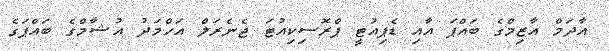
އާދަމް އާޒިމްގެ ބައްޕަ އާއި ޑެޕިއުޓީ ޕްރޮސިކިއުޓަ ޖެނެރަލް އަހްމަދު އުޝާމްގެ ބައްޕަގެ